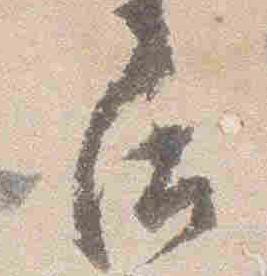
后